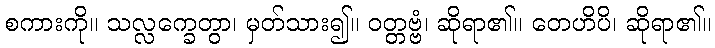
စကားကို။ သလ္လက္ခေတွာ၊ မှတ်သား၍။ ဝတ္တဗ္ဗံ၊ ဆိုရာ၏။ တေဟိပိ၊ ဆိုရာ၏။